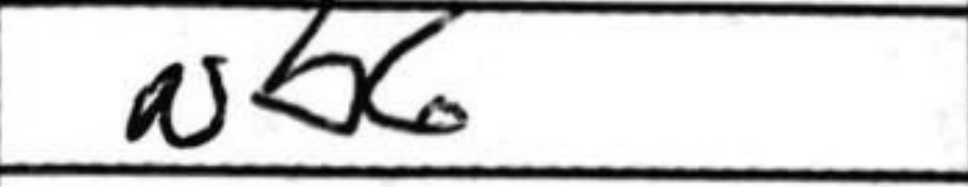
Transcription: Nb6